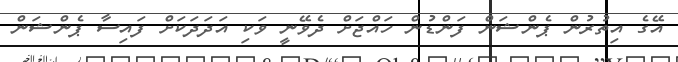
އޭގެ އިތުރުން ޕެންޝަން ފަންޑުން ހައްޖަށް ދެވޭނީ ވަކި އަދަދަކަށް ފައިސާ ޕެންޝަން